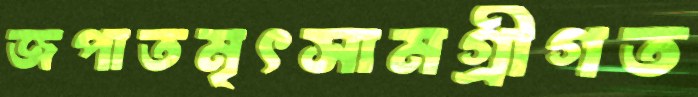
জপাতমৃৎসামগ্রীগত